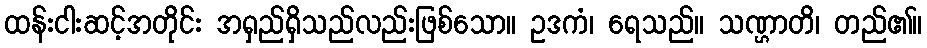
ထန်းငါးဆင့်အတိုင်း အရှည်ရှိသည်လည်းဖြစ်သော။ ဥဒကံ၊ ရေသည်။ သဏ္ဌာတိ၊ တည်၏။